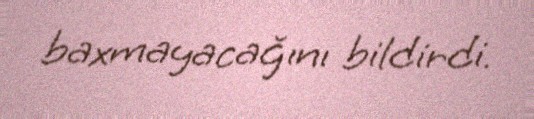
baxmayacağını bildirdi.